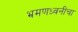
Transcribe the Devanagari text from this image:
भ्रमणध्वनीचा